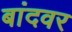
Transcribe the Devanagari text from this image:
बांदवर